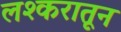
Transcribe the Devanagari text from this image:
लश्करातून